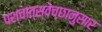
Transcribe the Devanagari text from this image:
पश्चात्स्वेच्छानुसार